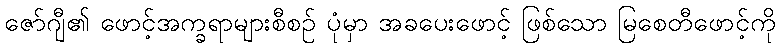
ဇော်ဂျီ၏ ဖောင့်အက္ခရာများစီစဉ် ပုံမှာ အခပေးဖောင့် ဖြစ်သော မြစေတီဖောင့်ကို